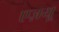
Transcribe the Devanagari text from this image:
एज़यू